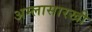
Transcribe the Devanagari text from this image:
अम्लासारखी